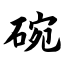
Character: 碗